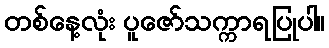
တစ်နေ့လုံး ပူဇော်သက္ကာရပြုပါ။